65_HS1-834228961_62-HQ-83894_Section_8
Agency: FBI
Page 37
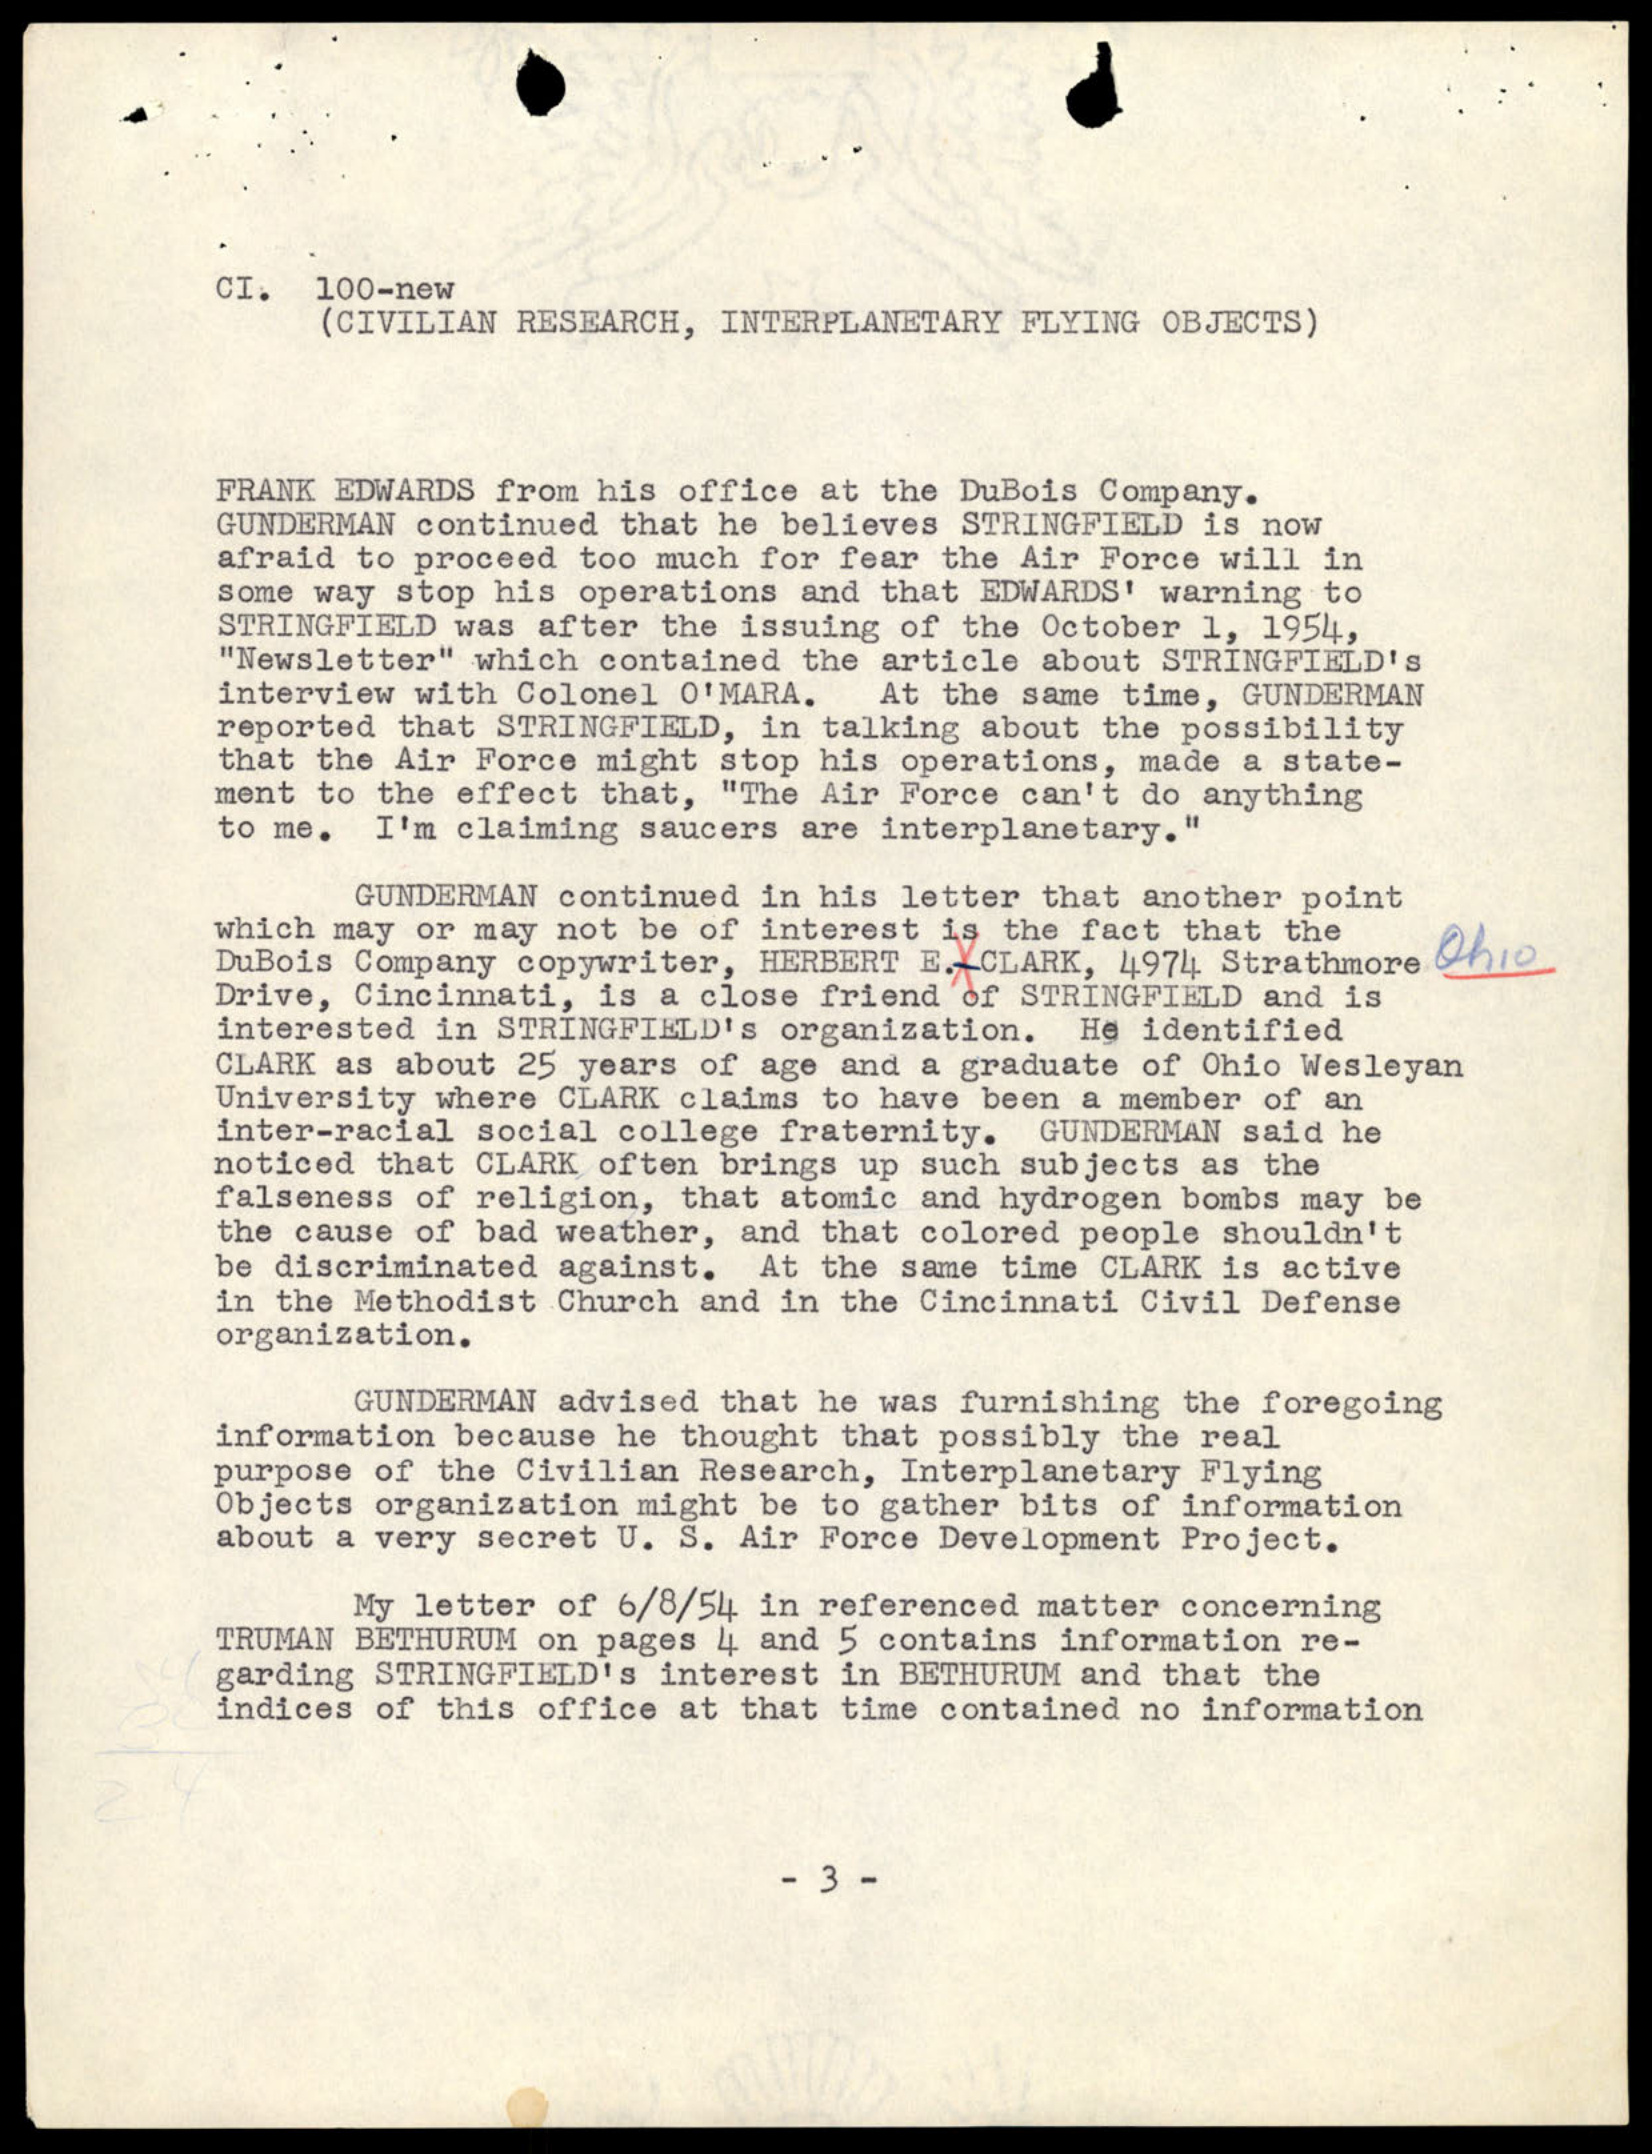